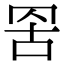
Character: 𮊁